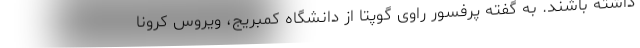
داشته باشند. به گفته پرفسور راوی گوپتا از دانشگاه کمبریج، ویروس کرونا